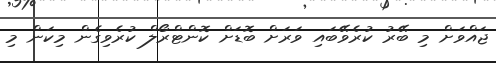
ޖައްވަށް މި ބޭރު ކުރެވޭބައި ވަރަށް ބޮޑަށް ކޮންޓްރޯލް ކުރެވިގެން މިކަން މި